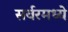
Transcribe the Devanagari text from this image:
सर्वरमध्ये